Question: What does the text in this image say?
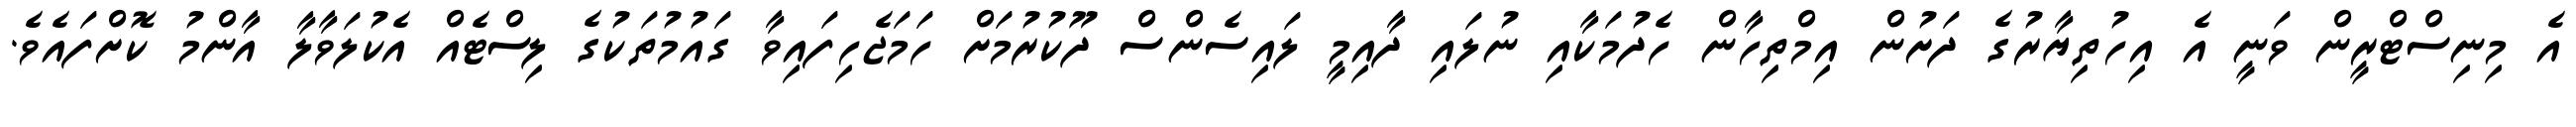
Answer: އެ މިނިސްޓްރީން ވަނީ އެ އިހުތިޔާރުގެ ދަށުން އިމްތިހާން ހެދުމަކާއި ނުލައި ދާއިމީ ލައިސެންސް ދޫކުރުމަށް ހަމަޖެހިފައިވާ ގައުމުތަކުގެ ލިސްޓެއް އެކުލަވާލާ އާންމު ކޮށްފައެވެ.